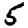
Digit: 5